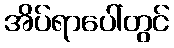
အိပ်ရာပေါ်တွင်